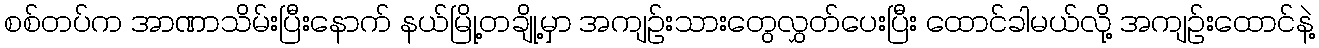
စစ်တပ်က အာဏာသိမ်းပြီးနောက် နယ်မြို့တချို့မှာ အကျဉ်းသားတွေလွှတ်ပေးပြီး ထောင်ခါမယ်လို့ အကျဉ်းထောင်နဲ့